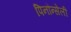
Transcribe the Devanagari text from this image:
पिनौन्सेली